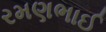
રમણભાઈ